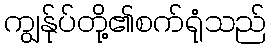
ကျွန်ုပ်တို့၏စက်ရုံသည်